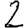
Digit: 2